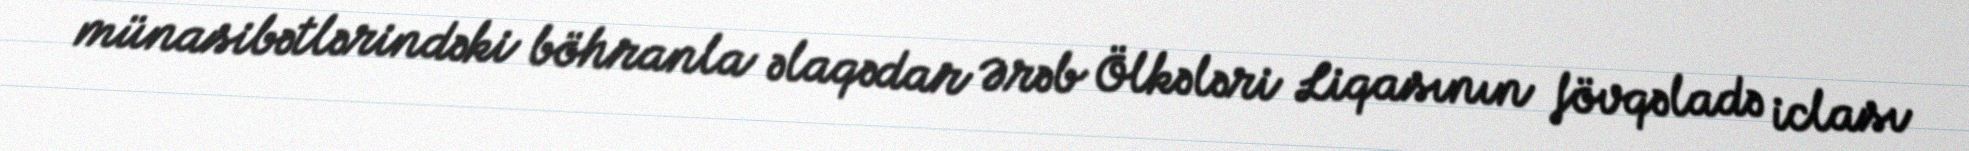
münasibətlərindəki böhranla əlaqədar Ərəb Ölkələri Liqasının fövqəladə iclası